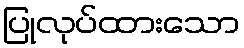
ပြုလုပ်ထားသော